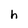
Character: h